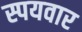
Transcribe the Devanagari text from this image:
स्पयवार